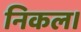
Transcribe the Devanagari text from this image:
निकल।